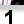
Digit: 1